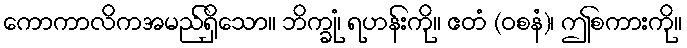
ကောကာလိကအမည်ရှိသော။ ဘိက္ခုံ၊ ရဟန်းကို။ ဧတံ (ဝစနံ)၊ ဤစကားကို။